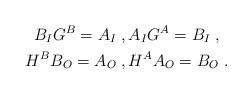
LaTeX: \begin{align*}\begin{gathered}B_IG^B=A_I\;,A_IG^A=B_I\;,\\H^BB_O=A_O\;,H^AA_O=B_O\;.\end{gathered}\end{align*}